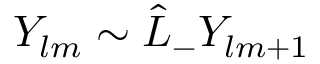
Y _ { l m } \sim \hat { L } _ { - } Y _ { l m + 1 }